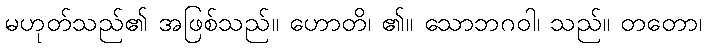
မဟုတ်သည်၏ အဖြစ်သည်။ ဟောတိ၊ ၏။ သောဘဂဝါ၊ သည်။ တတော၊